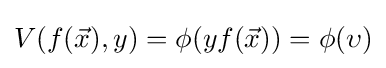
V(f({\vec {x}}),y)=\phi (yf({\vec {x}}))=\phi (\upsilon )